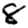
Digit: 8